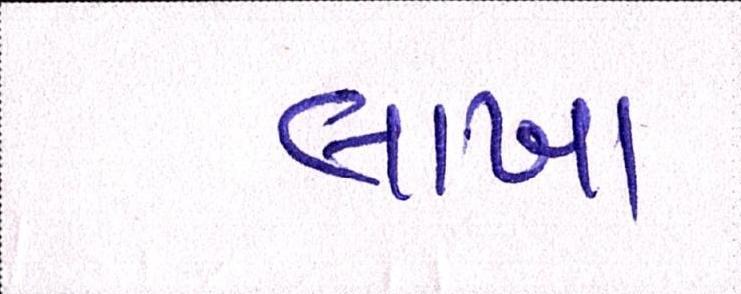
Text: લાખા